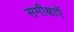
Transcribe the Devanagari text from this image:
समीक्षाऍ